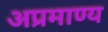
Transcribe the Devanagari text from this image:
अप्रमाण्‍य